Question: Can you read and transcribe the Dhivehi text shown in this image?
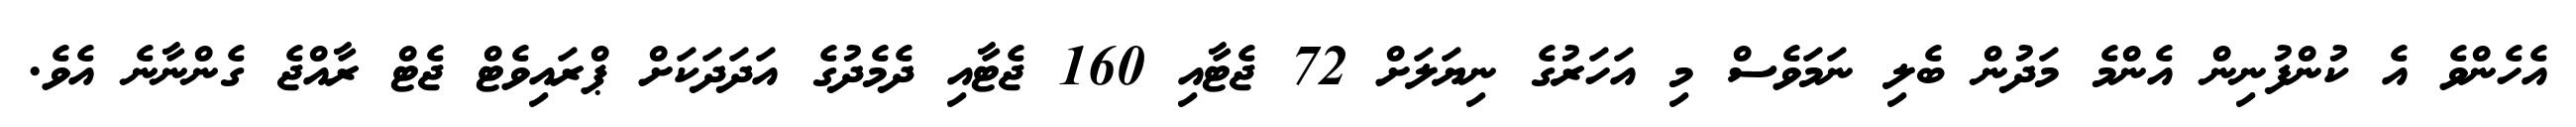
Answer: އެހެންވެ އެ ކުންފުނިން އެންމެ މަދުން ބެލި ނަމަވެސް މި އަހަރުގެ ނިޔަލަށް 72 ޖެޓާއި 160 ޖެޓާއި ދެމެދުގެ އަދަދަކަށް ޕްރައިވެޓް ޖެޓް ރާއްޖެ ގެންނާނެ އެވެ.